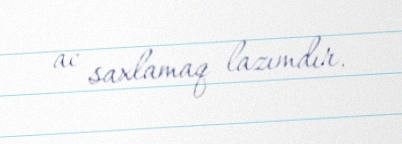
ac saxlamaq lazımdır.